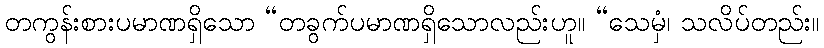
တကွန်းစားပမာဏရှိသော “တခွက်ပမာဏရှိသောလည်းဟူ။ “သေမှံ၊ သလိပ်တည်း။